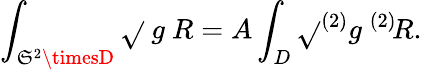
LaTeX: \int_{\mathfrak{S}^{2}\timesD}\sqrt{}{{\ g}}\ R=A\int_{D}\sqrt{}{{^{(2)}g}}\ ^{(2)}\! R.